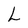
Character: L